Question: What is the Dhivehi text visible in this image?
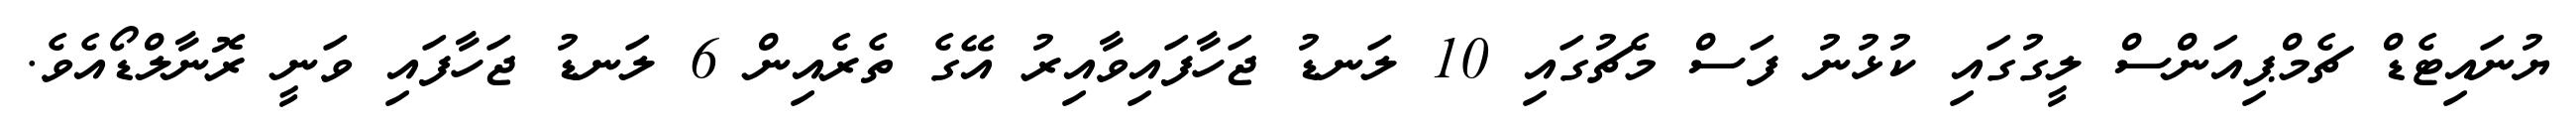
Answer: ޔުނައިޓެޑް ޗެމްޕިއަންސް ލީގުގައި ކުޅުނު ފަސް މެޗުގައި 10 ލަނޑު ޖަހާފައިވާއިރު އޭގެ ތެރެއިން 6 ލަނޑު ޖަހާފައި ވަނީ ރޮނާލްޑޯއެވެ.